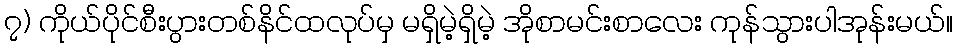
၇) ကိုယ်ပိုင်စီးပွားတစ်နိင်ထလုပ်မှ မရှိမဲ့ရှိမဲ့ အိုစာမင်းစာလေး ကုန်သွားပါအုန်းမယ်။